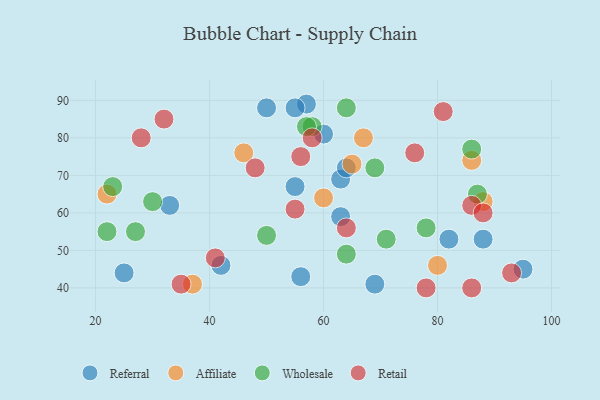
{"axis": {"x": "GDP", "y": "Life Expectancy"}, "legend": ["Affiliate", "Referral", "Retail", "Wholesale"], "data": [{"x": "95", "y": 45, "type": "Referral"}, {"x": "57", "y": 89, "type": "Referral"}, {"x": "25", "y": 44, "type": "Referral"}, {"x": "69", "y": 41, "type": "Referral"}, {"x": "56", "y": 43, "type": "Referral"}, {"x": "63", "y": 69, "type": "Referral"}, {"x": "55", "y": 88, "type": "Referral"}, {"x": "64", "y": 72, "type": "Referral"}, {"x": "60", "y": 81, "type": "Referral"}, {"x": "42", "y": 46, "type": "Referral"}, {"x": "33", "y": 62, "type": "Referral"}, {"x": "63", "y": 59, "type": "Referral"}, {"x": "88", "y": 53, "type": "Referral"}, {"x": "55", "y": 67, "type": "Referral"}, {"x": "82", "y": 53, "type": "Referral"}, {"x": "50", "y": 88, "type": "Referral"}, {"x": "88", "y": 63, "type": "Affiliate"}, {"x": "22", "y": 65, "type": "Affiliate"}, {"x": "67", "y": 80, "type": "Affiliate"}, {"x": "65", "y": 73, "type": "Affiliate"}, {"x": "60", "y": 64, "type": "Affiliate"}, {"x": "80", "y": 46, "type": "Affiliate"}, {"x": "86", "y": 74, "type": "Affiliate"}, {"x": "37", "y": 41, "type": "Affiliate"}, {"x": "46", "y": 76, "type": "Affiliate"}, {"x": "23", "y": 67, "type": "Wholesale"}, {"x": "87", "y": 65, "type": "Wholesale"}, {"x": "58", "y": 83, "type": "Wholesale"}, {"x": "30", "y": 63, "type": "Wholesale"}, {"x": "86", "y": 77, "type": "Wholesale"}, {"x": "50", "y": 54, "type": "Wholesale"}, {"x": "64", "y": 49, "type": "Wholesale"}, {"x": "57", "y": 83, "type": "Wholesale"}, {"x": "78", "y": 56, "type": "Wholesale"}, {"x": "27", "y": 55, "type": "Wholesale"}, {"x": "64", "y": 88, "type": "Wholesale"}, {"x": "71", "y": 53, "type": "Wholesale"}, {"x": "69", "y": 72, "type": "Wholesale"}, {"x": "22", "y": 55, "type": "Wholesale"}, {"x": "86", "y": 62, "type": "Retail"}, {"x": "58", "y": 80, "type": "Retail"}, {"x": "76", "y": 76, "type": "Retail"}, {"x": "93", "y": 44, "type": "Retail"}, {"x": "86", "y": 40, "type": "Retail"}, {"x": "28", "y": 80, "type": "Retail"}, {"x": "56", "y": 75, "type": "Retail"}, {"x": "55", "y": 61, "type": "Retail"}, {"x": "88", "y": 60, "type": "Retail"}, {"x": "48", "y": 72, "type": "Retail"}, {"x": "41", "y": 48, "type": "Retail"}, {"x": "64", "y": 56, "type": "Retail"}, {"x": "81", "y": 87, "type": "Retail"}, {"x": "35", "y": 41, "type": "Retail"}, {"x": "78", "y": 40, "type": "Retail"}, {"x": "32", "y": 85, "type": "Retail"}]}